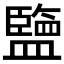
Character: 𥃆